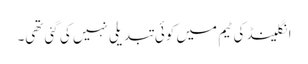
انگلینڈ کی ٹیم میں کوئی تبدیلی نہیں کی گئی تھی۔